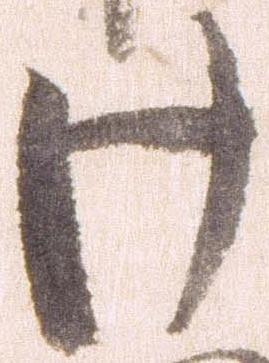
け